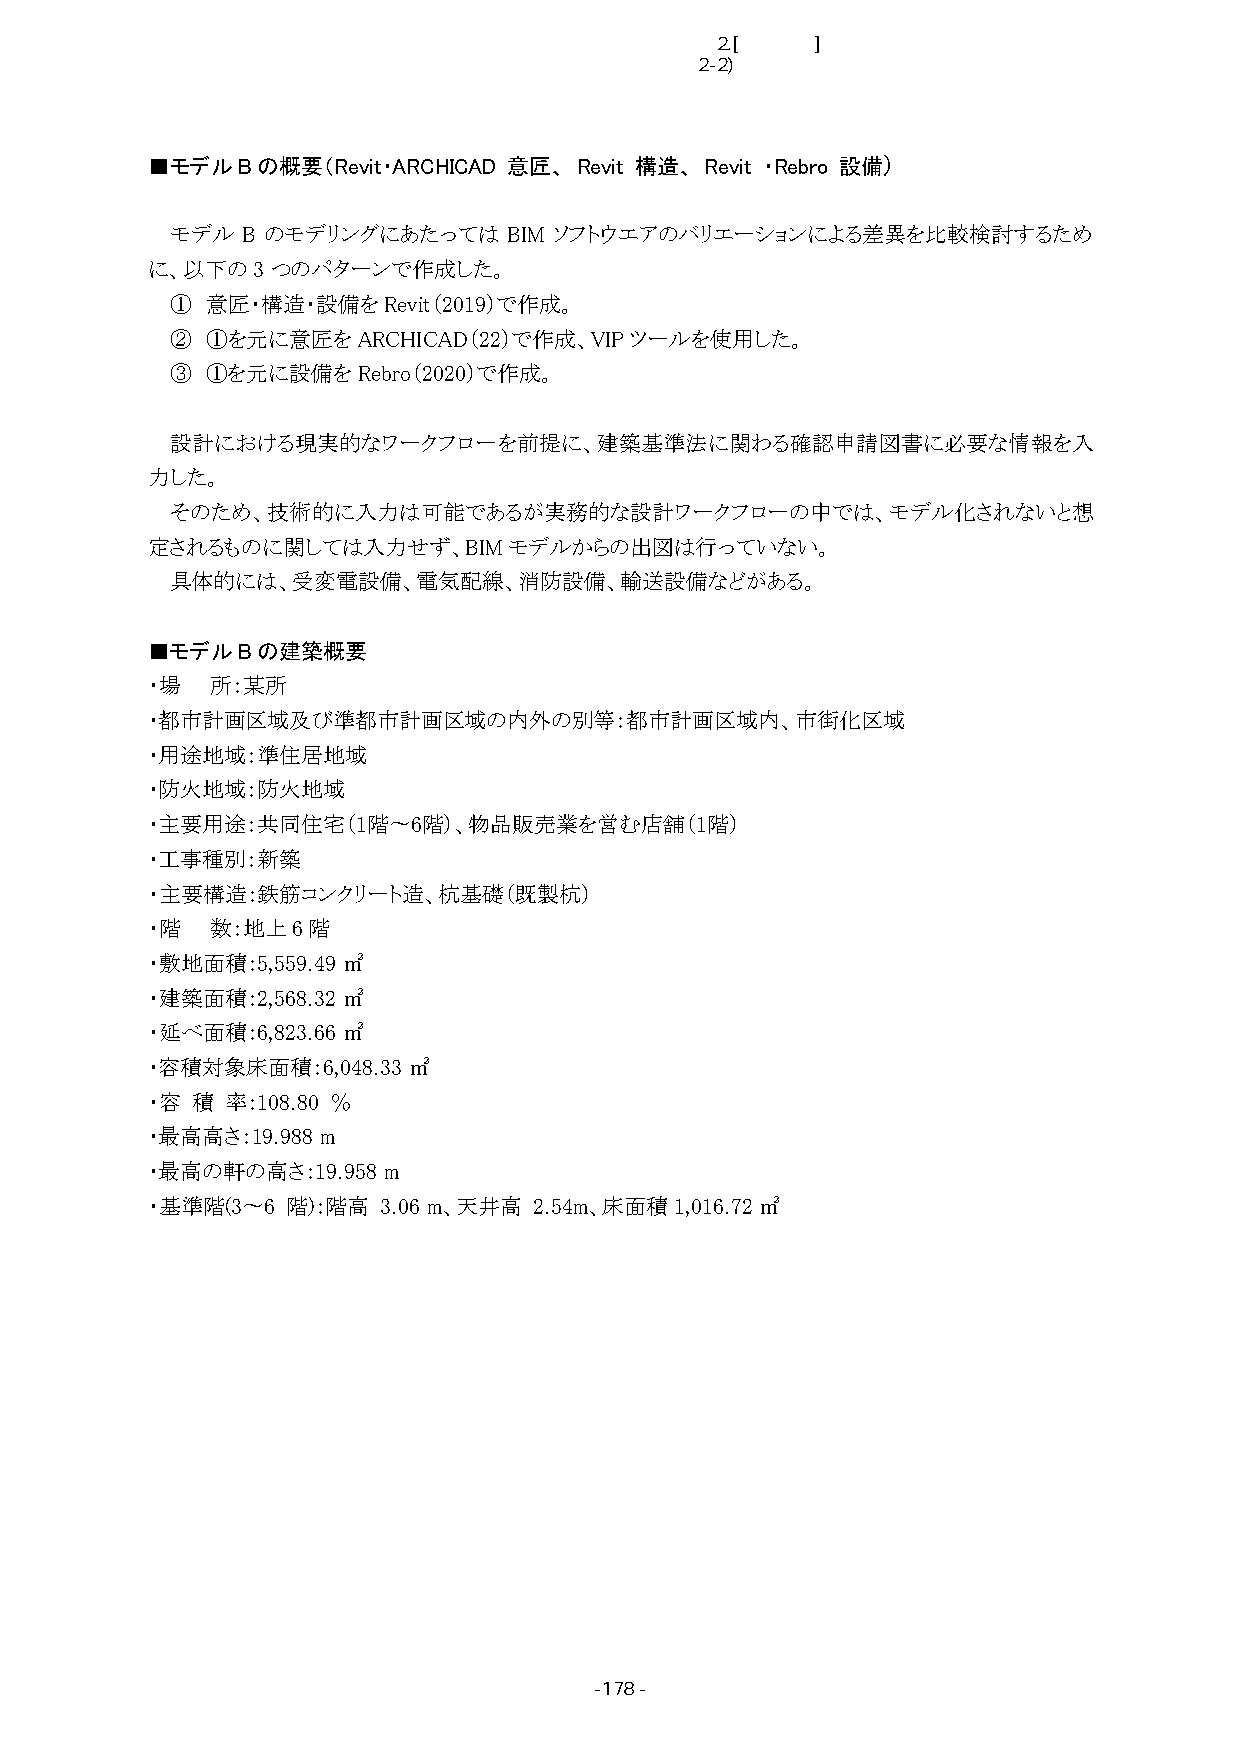
■2.[一般建築]検討内容
 2-2)確認図面の表現標準の検討と解説書の作成
 ■モデルBの概要（Revit・ARCHICAD 意匠、 Revit 構造、 Revit ・Rebro 設備）
 モデル  B のモデリングにあたっては    BIM ソフトウエアのバリエーションによる差異を比較検討するため
 に、以下の3つのパターンで作成した。
 ①  意匠・構造・設備をRevit（2019）で作成。
 ②  ①を元に意匠をARCHICAD（22）で作成、VIPツールを使用した。
 ③  ①を元に設備をRebro（2020）で作成。
 設計における現実的なワークフローを前提に、建築基準法に関わる確認申請図書に必要な情報を入
 力した。
 そのため、技術的に入力は可能であるが実務的な設計ワークフローの中では、モデル化されないと想
 定されるものに関しては入力せず、BIMモデルからの出図は行っていない。
 具体的には、受変電設備、電気配線、消防設備、輸送設備などがある。
 ■モデルBの建築概要
 ・場  所：某所
 ・都市計画区域及び準都市計画区域の内外の別等：都市計画区域内、市街化区域
 ・用途地域：準住居地域
 ・防火地域：防火地域
 ・主要用途：共同住宅（1階〜6階）、物品販売業を営む店舗（1階）
 ・工事種別：新築
 ・主要構造：鉄筋コンクリート造、杭基礎（既製杭）
 ・階  数：地上6階
 ・敷地面積：5,559.49㎡
 ・建築面積：2,568.32㎡
 ・延べ面積：6,823.66㎡
 ・容積対象床面積：6,048.33㎡
 ・容 積 率：108.80 ％
 ・最高高さ：19.988 m
 ・最高の軒の高さ：19.958 m
 ・基準階(3〜6 階)：階高 3.06 m、天井高 2.54m、床面積1,016.72㎡
 -178 -